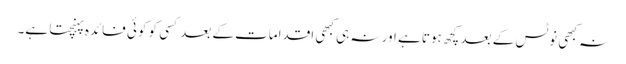
نہ کبھی نوٹس کے بعد کچھ ہوتا ہے اور نہ ہی کبھی اقدامات کے بعد کسی کو کوئی فائدہ پہنچتا ہے۔